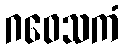
ဂဝေသကံ